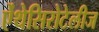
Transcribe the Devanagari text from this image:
ऐंथेसिरोटेलीज